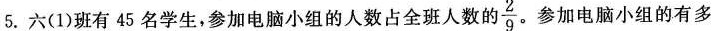
5.六(1)班有45名学生，参加电脑小组的人数占全班人数的\frac{2}{9} 。参加电脑小组的有